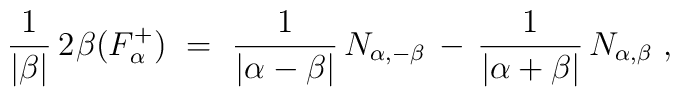
\frac{1}{|\beta|} \, 2 \>\! \beta(F_\alpha^+)~ =~\frac{1}{|\alpha-\beta|} \, N_{\alpha,-\beta} \, - \,   \frac{1}{|\alpha+\beta|} \, N_{\alpha,\beta}~,